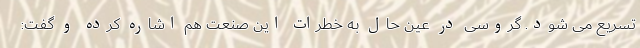
تسریع می شود. گروسی در عین حال به خطرات این صنعت هم اشاره کرده و گفت: